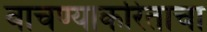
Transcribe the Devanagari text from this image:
वाचण्याकरिताचा